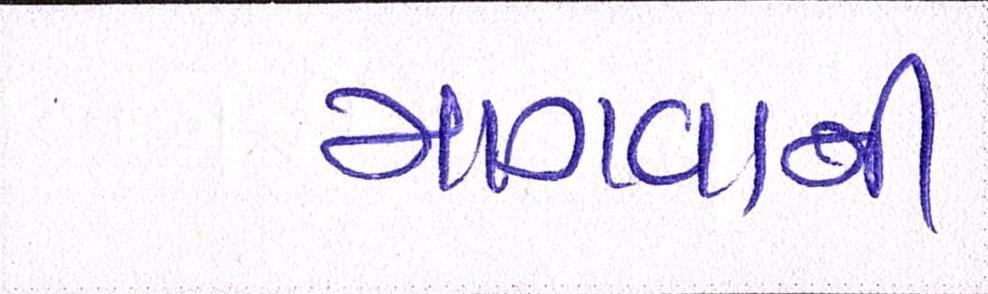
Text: માગવાની